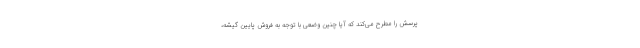
پرسش را مطرح می‌کند که آیا چنین وضعی با توجه به فروش پایین گیشه،